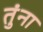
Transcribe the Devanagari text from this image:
तुंना